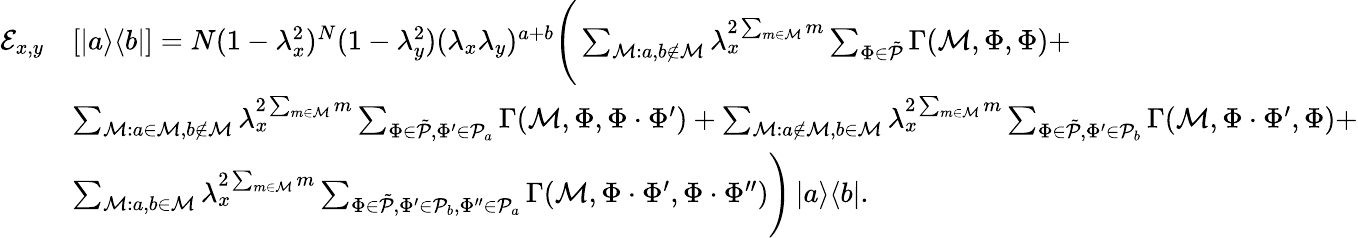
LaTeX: \begin{array}{rl}{\mathcal{E}_{x,y}}&{[\left|a\middle>\middle<b\right|]=N(1-\lambda_{x}^{2})^{N}(1-\lambda_{y}^{2})(\lambda_{x}\lambda_{y})^{a+b}\Bigg(\sum_{\mathcal{M}:a,b\notin\mathcal{M}}\lambda_{x}^{2\sum_{m\in\mathcal{M}}m}\sum_{\Phi\in\tilde{\mathcal{P}}}\Gamma(\mathcal{M},\Phi,\Phi)+}\\ &{\sum_{\mathcal{M}:a\in\mathcal{M},b\notin\mathcal{M}}\lambda_{x}^{2\sum_{m\in\mathcal{M}}m}\sum_{\Phi\in\tilde{\mathcal{P}},\Phi^{\prime}\in\mathcal{P}_{a}}\Gamma(\mathcal{M},\Phi,\Phi\cdot\Phi^{\prime})+\sum_{\mathcal{M}:a\notin\mathcal{M},b\in\mathcal{M}}\lambda_{x}^{2\sum_{m\in\mathcal{M}}m}\sum_{\Phi\in\tilde{\mathcal{P}},\Phi^{\prime}\in\mathcal{P}_{b}}\Gamma(\mathcal{M},\Phi\cdot\Phi^{\prime},\Phi)+}\\ &{\sum_{\mathcal{M}:a,b\in\mathcal{M}}\lambda_{x}^{2\sum_{m\in\mathcal{M}}m}\sum_{\Phi\in\tilde{\mathcal{P}},\Phi^{\prime}\in\mathcal{P}_{b},\Phi^{\prime\prime}\in\mathcal{P}_{a}}\Gamma(\mathcal{M},\Phi\cdot\Phi^{\prime},\Phi\cdot\Phi^{\prime\prime})\Bigg)\left|a\middle>\middle<b\right|.}\end{array}